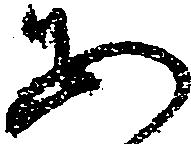
あ